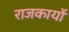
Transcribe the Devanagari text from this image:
राजकार्यों